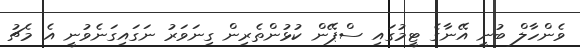
ވެންހާލް ބުނީ އޭނާގެ ޓީމުގައި ސްޕޭން ކުޅުންތެރިން ގިނަވަރު ނަގައިގަނެވުނީ އެ މެޗު